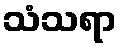
သံသရာ